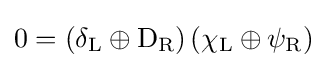
0=\left(\delta _{\rm {L}}\oplus \mathrm {D} _{\rm {R}}\right)\left(\chi _{\rm {L}}\oplus \psi _{\rm {R}}\right)